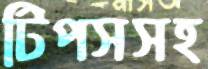
টিপসসহ